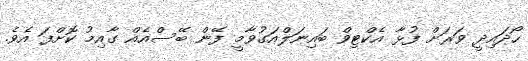
ހޯދައިދީ ވަރަށް ފުޅާ އެކްޓިވް ބައިނަލްއަގުވާމީ ފޭން ބޭސްއެއް ގާއިމު ކޮށްފަ އެވެ.